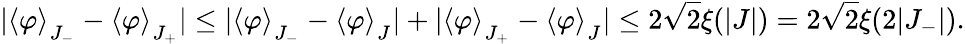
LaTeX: |\langle\varphi\rangle_{_{\scriptstyle J_{-}}}-\langle\varphi\rangle_{_{\scriptstyle J_{+}}}|\leq|\langle\varphi\rangle_{_{\scriptstyle J_{-}}}-\langle\varphi\rangle_{_{\scriptstyle J}}|+|\langle\varphi\rangle_{_{\scriptstyle J_{+}}}-\langle\varphi\rangle_{_{\scriptstyle J}}|\leq 2\sqrt{2}\xi(|J|)=2\sqrt{2}\xi(2|J_{-}|).